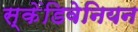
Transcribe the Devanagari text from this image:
स्केंडिवेनियन